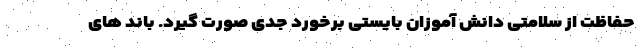
حفاظت از سلامتی دانش آموزان بایستی برخورد جدی صورت گیرد. باند های